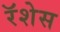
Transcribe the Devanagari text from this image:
रॅशेस